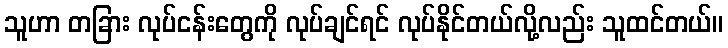
သူဟာ တခြား လုပ်ငန်းတွေကို လုပ်ချင်ရင် လုပ်နိုင်တယ်လို့လည်း သူထင်တယ်။